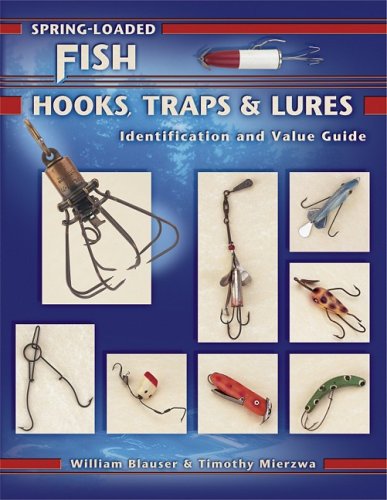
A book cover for Spring-Loaded Fish Hooks, Traps & Lures, Identification & Value Guide; William Blauser; Crafts, Hobbies & Home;